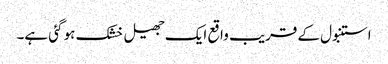
استنبول کے قریب واقع ایک جھیل خشک ہو گئی ہے۔